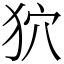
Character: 狖